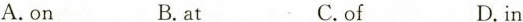
A.on B.at C.of D.in